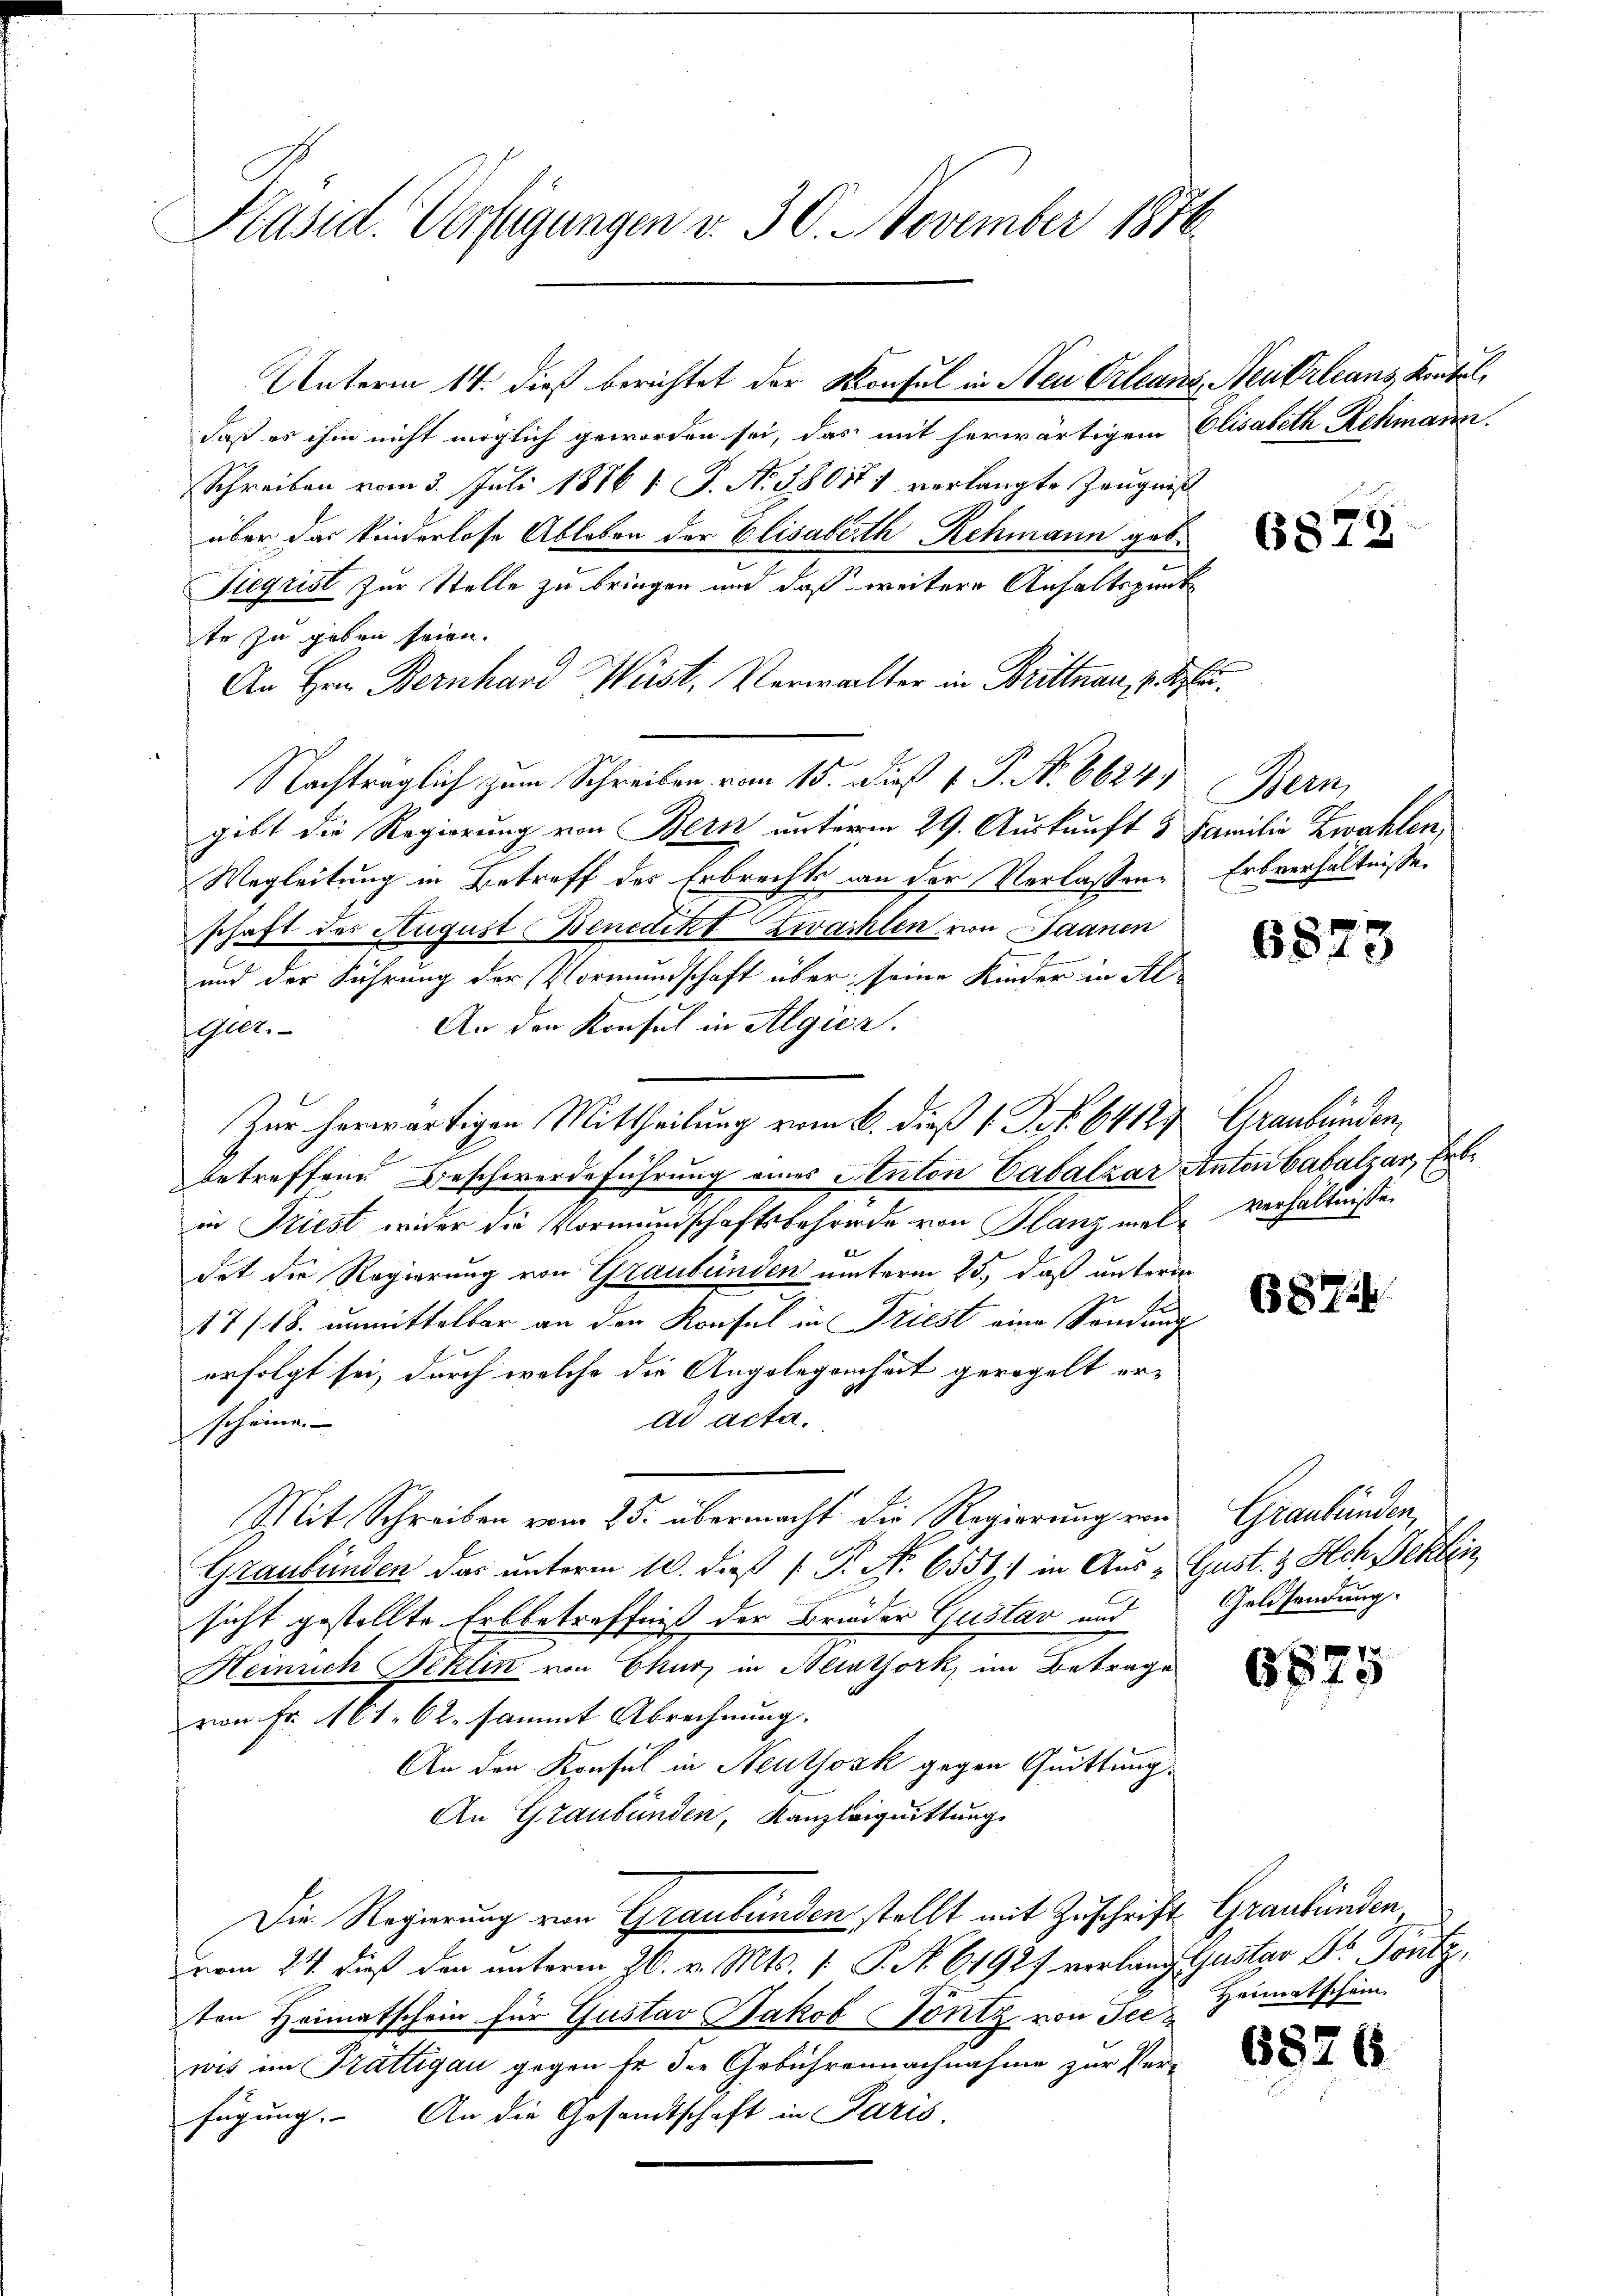
Präsid. Verfügungen v. 30. November 1870

daß es ihm nicht möglich geworden sei, das mit herwärtigem Elisabeth Rehmann.
Schreiben vom 3. Juli 1886 1: P. Nr. 380171 verlangte Zeugniß
über das kinderlose Ableben der Elisabeth Rehmann geb.
Tiegrist zur Stelle zu bringen und daß weitere Anhaltspunk
te zu geben seien.
An Hrn. Bernhard Wärst. Verwalter in Brittnau, z. B.
Nachträglich zum Schreiben vom 15. Fuß v. P. No. 6624) Bern
gebt die Regierung von Bern unterm 29. Auskunft 5 Familie Zwahlen,
Wegleitung in Betreff des Erbrechts an der Verlassen Erbverhältnisse
schaft des August Benedikt zwaihlen von Saanen
und der Führung der Vormundschaft über seine Kinder in Al-
An den Konsul in Algica.
Geer.
Zur herwärtigen Mittheilung vom 6. dieß 1 Pf. 64124 Graubünden,
A
betreffend Beschwerdeführung eines Anton Cabalzar Anton Gabalzar, Erbin Friest wider die Vormundschaftsbehörde von Planz mal verhältnissen
Kerl, und
det die Regierung von Graubünden unterm 25., daß unterm
17/18. unmittelbar an der Konsul in Triest eine Sondung
erfolgt sei, durch welche die Angelegenheit geregelt erad acta.
scheine. |
Mit Schreiben vom 25. übermacht die Regierung von Graubünden,
Graubünden das unterm 10. dieß ( P. Nr. 6551) in Aus - Gust. & Ilch Fehlen
sicht gestellte Erbbetreffniß der Brüder Gustav und Geldsendung.
Heinrich Feklin von Ekurz in Neidthork, im Betrage
von Fr. 161, 62, sammt Abrechnung.
An den Konsul in Neutjosk gegen Quittung.
An Graubünden, Kanzleiguittung
Die Regierung von Graubünden stellt mit Zuschrift Graubünden
vom 24. dieß den unterm 26. v. Mts. 1. P. Nr. 61927 verlang Gustav Dr. Pont
ten Heimatschein für Gustav Jakob Tontz von der
wis im Trattigau gegen Er der Gebühren nachnahme zur Ver
fügung. An die Gesandtschaft in Paris.

Unterm 14. dieß berichtet der Konsul in Neu Orleans, Neukrleans Kontel,

6875

6523

687.

6875

Heimatschein